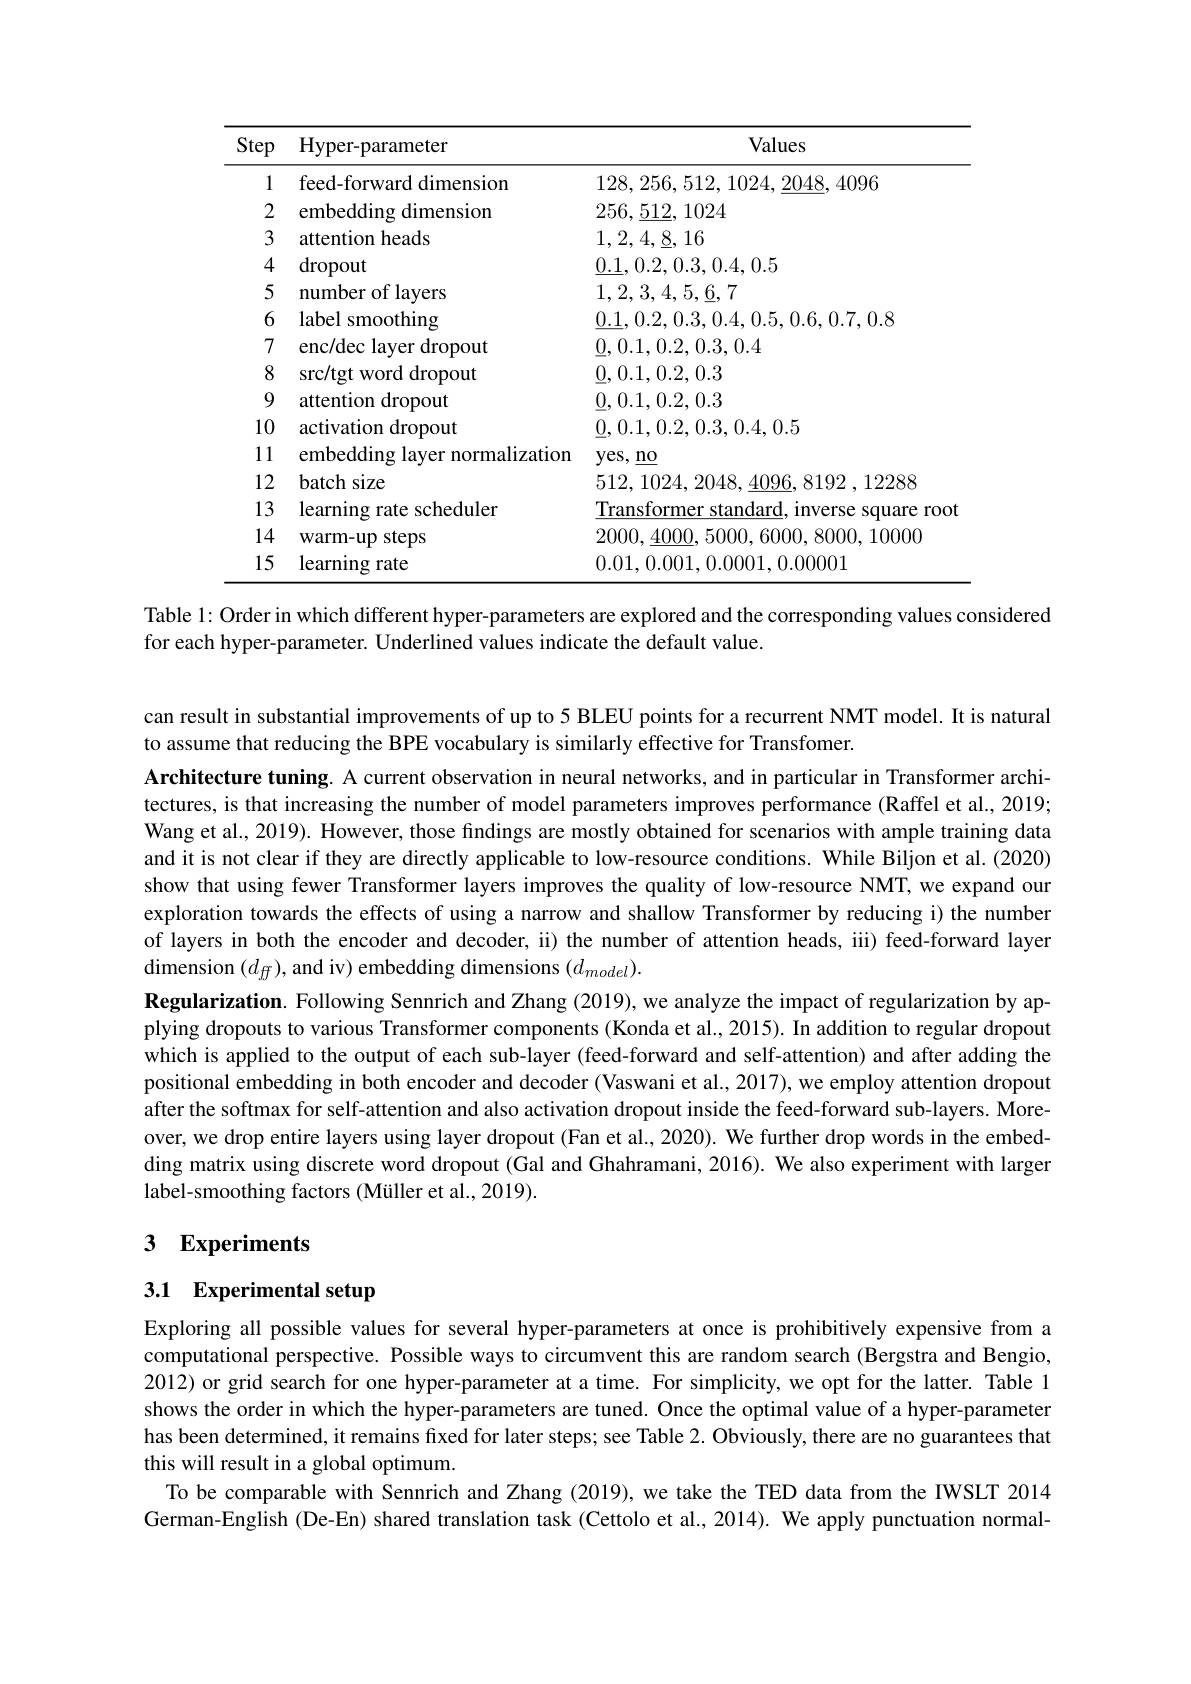
<table>
	<tbody>
		<tr>
			<th>Step</th>
			<th>Hyper-parameter</th>
			<th>Values</th>
		</tr>
		<tr>
			<td>1</td>
			<td>feed-forward dimension</td>
			<td>128,256,512,1024,2048,4096</td>
		</tr>
		<tr>
			<td></td>
			<td>embedding dimension</td>
			<td>256,512,1024</td>
		</tr>
		<tr>
			<td>3</td>
			<td>attention heads</td>
			<td>1,2,4,8,16</td>
		</tr>
		<tr>
			<td>4</td>
			<td>$\operatorname{dropout}$</td>
			<td>0.1,0.2,0.3,0.4,0.5</td>
		</tr>
		<tr>
			<td>5</td>
			<td>number of layers</td>
			<td>$1,2,3,4,5,\underline{6},7$</td>
		</tr>
		<tr>
			<td></td>
			<td>label smoothing</td>
			<td>0.1,0.2,0.3,0.4,0.5,0.6,0.7,0.8</td>
		</tr>
		<tr>
			<td>7</td>
			<td>enc/dec layer dropout</td>
			<td>0,0.1,0.2,0.3,0.4</td>
		</tr>
		<tr>
			<td>8</td>
			<td>src/tgt word dropout</td>
			<td>$\underline{0},0.1,0.2,0.3$</td>
		</tr>
		<tr>
			<td>9</td>
			<td>attention dropout</td>
			<td>$\underline{0},0.1,0.2,0.3$</td>
		</tr>
		<tr>
			<td>10</td>
			<td>activation dropout</td>
			<td>0,0.1,0.2,0.3,0.4,0.5</td>
		</tr>
		<tr>
			<td> $\lfloor1\rfloor$ </td>
			<td>embedding layer normalization</td>
			<td>yes, $\underline {no}$</td>
		</tr>
		<tr>
			<td>12</td>
			<td>batch size</td>
			<td>512,1024,2048,4096,8192 ,12288</td>
		</tr>
		<tr>
			<td>13</td>
			<td>learning rate scheduler</td>
			<td>Transformer standard, inverse square root</td>
		</tr>
		<tr>
			<td>14</td>
			<td>warm-up steps</td>
			<td>2000,4000,5000,6000,8000,10000</td>
		</tr>
		<tr>
			<td>15</td>
			<td>learning rate</td>
			<td>0.01.0.001.0.0001.0.00001</td>
		</tr>
	</tbody>
</table>

Table 1: Order in which different hyper-parameters are explored and the corresponding values considered
for each hyper-parameter. Underlined values indicate the default value.

can result in substantial improvements of up to 5 BLEU points for a recurrent NMT model. It is natural
to assume that reducing the BPE vocabulary is similarly effective for Transfomer.

Architecture tuning. A current observation in neural networks, and in particular in Transformer architectures, is that increasing the number of model parameters improves performance (Raffel et al., 2019; Wang et al., 2019). However, those findings are mostly obtained for scenarios with ample training data and it is not clear if they are directly applicable to low-resource conditions. While Biljon et al.(2020) show that using fewer Transformer layers improves the quality of low-resource NMT, we expand our exploration towards the effects of using a narrow and shallow Transformer by reducing i) the number of layers in both the encoder and decoder, ii) the number of attention heads, iii) feed-forward layer dimension $(d_ff)$, and iv) embedding dimensions $(d_model).$
Regularization. Following Sennrich and Zhang (2019), we analyze the impact of regularization by applying dropouts to various Transformer components (Konda et al., 2015). In addition to regular dropout which is applied to the output of each sub-layer (feed-forward and self-attention) and after adding the positional embedding in both encoder and decoder (Vaswani et al., 2017), we employ attention dropout after the softmax for self-attention and also activation dropout inside the feed-forward sub-layers. Moreover, we drop entire layers using layer dropout (Fan et al., 2020). We further drop words in the embedding matrix using discrete word dropout (Gal and Ghahramani, 2016). We also experiment with larger label-smoothing factors (Müller et al., 2019).

# 3 Experiments

## 3.1 Experimental setup

Exploring all possible values for several hyper-parameters at once is prohibitively expensive from a computational perspective. Possible ways to circumvent this are random search (Bergstra and Bengio, 2012) or grid search for one hyper-parameter at a time. For simplicity, we opt for the latter. Table l shows the order in which the hyper-parameters are tuned. Once the optimal value of a hyper-parameter has been determined, it remains fixed for later steps; see Table 2. Obviously, there are no guarantees that this will result in a global optimum.
To be comparable with Sennrich and Zhang (2019), we take the TED data from the IWSLT 2014 German-English (De-En) shared translation task (Cettolo et al., 2014). We apply punctuation normal-